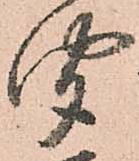
聞